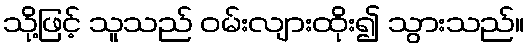
သို့ဖြင့် သူသည် ဝမ်းလျားထိုး၍ သွားသည်။